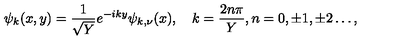
\psi _ { k } ( x , y ) = \frac { 1 } { \sqrt { Y } } e ^ { - i k y } \psi _ { k , \nu } ( x ) , \quad k = \frac { 2 n \pi } { Y } , n = 0 , \pm 1 , \pm 2 \dots ,